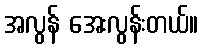
အလွန် အေးလွန်းတယ်။